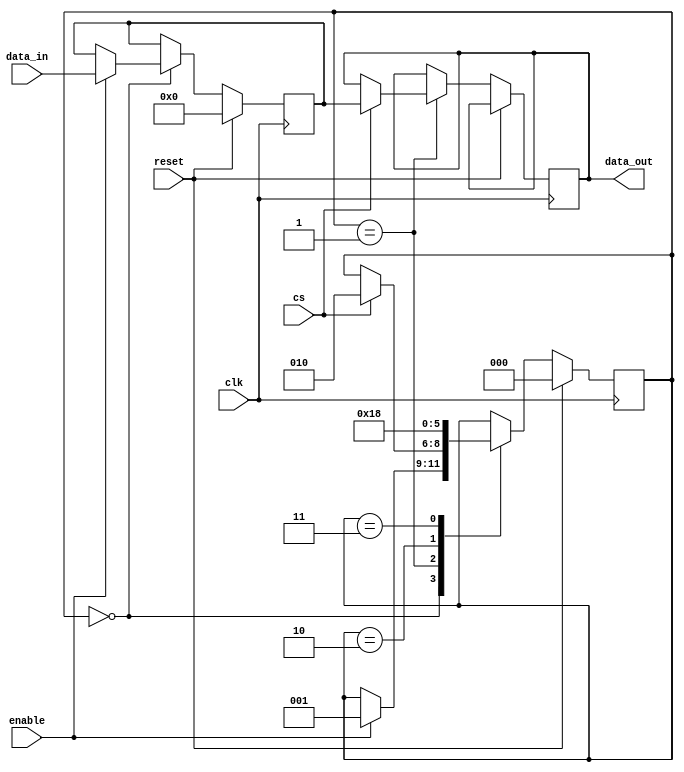
module SPI_Master (
  input wire clk,
  input wire reset,
  input wire enable,
  input wire [7:0] data_in,
  input wire cs,
  output reg [7:0] data_out
);

reg [7:0] shift_register = 8'h00;
reg [2:0] state = 3'b000;

parameter DATA_WIDTH = 8;
parameter CLOCK_FREQ = 10000000; // 10 MHz
parameter SLAVE_ADDR = 3'b000;

always @(posedge clk) begin
  if (reset) begin
    shift_register <= 8'h00;
    state <= 3'b000;
  end else begin
    case (state)
      3'b000: begin // Idle state
        if (enable) begin
          state <= 3'b001;
          shift_register <= data_in; // Load data into shift register
        end
      end
      3'b001: begin // Transmit state
        if (cs) begin
          data_out <= shift_register;
          state <= 3'b010;
        end
      end
      3'b010: begin // Wait for response state
        // Handle response from slave device
        state <= 3'b011;
      end
      3'b011: begin // Error checking state
        // Check for errors and handle accordingly
        state <= 3'b000;
      end
    endcase
  end
end

endmodule